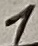
Text: 1